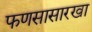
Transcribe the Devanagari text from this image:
फणसासारखा